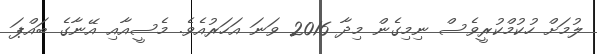
ލުމަށް ހުކުމްކުރީވެސް ނިމިގެން މިދާ 2016 ވަނަ އަހަރުއެވެ. މެސީއާއި އޭނާގެ ބައްޕަ